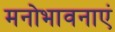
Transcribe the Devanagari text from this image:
मनोभावनाएं